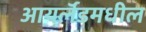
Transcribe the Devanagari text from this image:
आयर्लॅडमधील